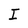
Character: I